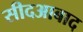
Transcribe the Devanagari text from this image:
सीदआबाद